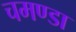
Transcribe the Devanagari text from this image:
चमण्डा